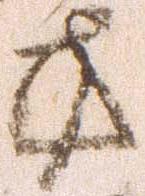
方